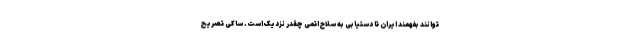
توانند بفهمند ایران تا دستیابی به سلاح اتمی چقدر نزدیک است. ساکی تصریح